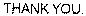
THANK YOU.